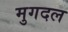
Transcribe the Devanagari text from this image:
मुगदल